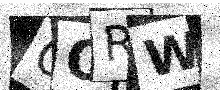
Text: OORW